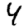
Digit: 4